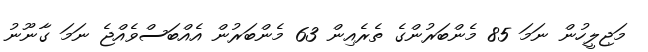
މަޖިލީހުން ނަމަ 85 މެންބަރުންގެ ތެރެއިން 63 މެންބަރުން އެއްބަސްވެއްޖެ ނަމަ ގާނޫނު